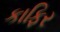
કાફિર